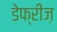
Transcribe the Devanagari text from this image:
डेफ्रीज़